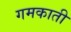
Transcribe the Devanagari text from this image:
गमकाती